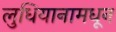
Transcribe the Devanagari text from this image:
लुधियानामधून